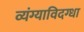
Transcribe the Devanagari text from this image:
व्यंग्याविदग्धा